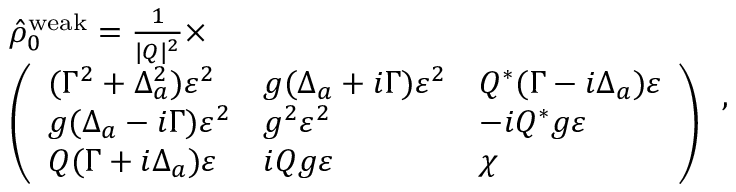
\begin{array} { r l } & { \hat { \rho } _ { 0 } ^ { \mathrm { w e a k } } = \frac { 1 } { | Q | ^ { 2 } } \times } \\ & { \left( \begin{array} { l l l } { ( \Gamma ^ { 2 } + \Delta _ { a } ^ { 2 } ) \varepsilon ^ { 2 } } & { g ( \Delta _ { a } + i \Gamma ) \varepsilon ^ { 2 } } & { Q ^ { * } ( \Gamma - i \Delta _ { a } ) \varepsilon } \\ { g ( \Delta _ { a } - i \Gamma ) \varepsilon ^ { 2 } } & { g ^ { 2 } \varepsilon ^ { 2 } } & { - i Q ^ { * } g \varepsilon } \\ { Q ( \Gamma + i \Delta _ { a } ) \varepsilon } & { i Q g \varepsilon } & { \chi } \end{array} \right) } \end{array} \, ,